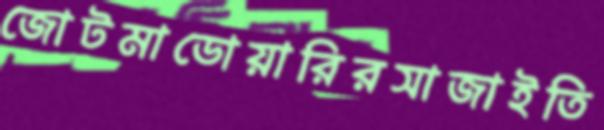
জোটমাডোয়ারিরসাজাইতি